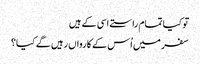
تو کیا تمام راستے اسی کے ہیں
سفر میں اُس کے کارواں رہیں گے کیا؟